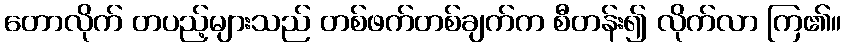
တောလိုက် တပည့်များသည် တစ်ဖက်တစ်ချက်က စီတန်း၍ လိုက်လာ ကြ၏။